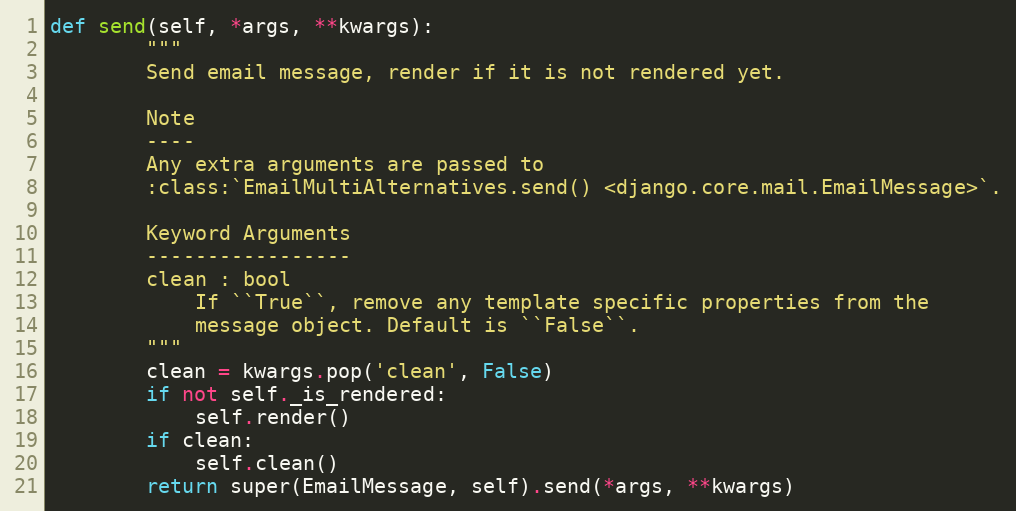
Language: Python
def send(self, *args, **kwargs):
        """
        Send email message, render if it is not rendered yet.

        Note
        ----
        Any extra arguments are passed to
        :class:`EmailMultiAlternatives.send() <django.core.mail.EmailMessage>`.

        Keyword Arguments
        -----------------
        clean : bool
            If ``True``, remove any template specific properties from the
            message object. Default is ``False``.
        """
        clean = kwargs.pop('clean', False)
        if not self._is_rendered:
            self.render()
        if clean:
            self.clean()
        return super(EmailMessage, self).send(*args, **kwargs)